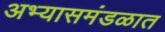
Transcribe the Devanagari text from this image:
अभ्यासमंडळात